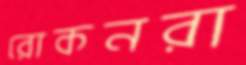
রোকনরা